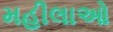
મહીલાઓ